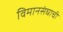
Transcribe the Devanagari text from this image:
विमानसंघाची